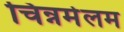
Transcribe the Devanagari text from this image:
चिन्नमेलम